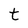
Character: t